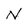
Character: N